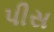
પીસ